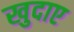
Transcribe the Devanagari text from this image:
खुदाए